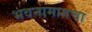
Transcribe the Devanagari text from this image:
भवनामागचा